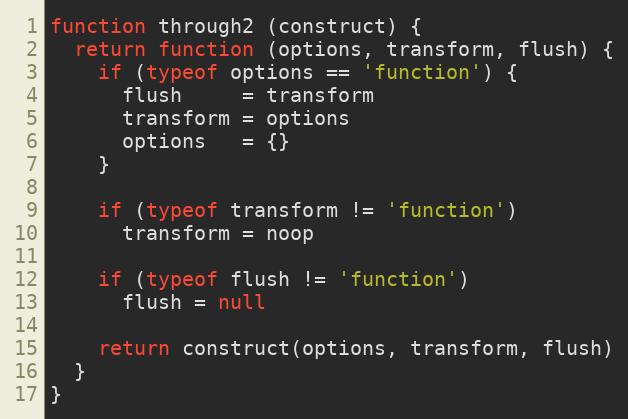
Language: JavaScript
function through2 (construct) {
  return function (options, transform, flush) {
    if (typeof options == 'function') {
      flush     = transform
      transform = options
      options   = {}
    }

    if (typeof transform != 'function')
      transform = noop

    if (typeof flush != 'function')
      flush = null

    return construct(options, transform, flush)
  }
}